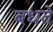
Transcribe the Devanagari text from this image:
बधते